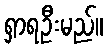
ရှာရဦးမည်။